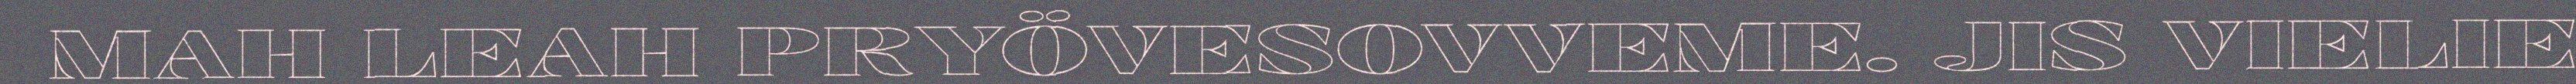
MAH LEAH PRYÖVESOVVEME. JIS VIELIE